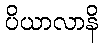
ပိယာလာနိ